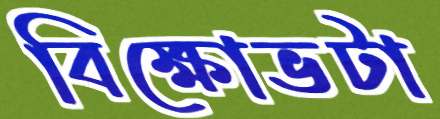
বিক্ষোভটা